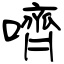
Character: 嚌